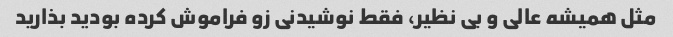
مثل همیشه عالی و بی نظیر، فقط نوشیدنی زو فراموش کرده بودید بذارید